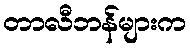
တာလီဘန်များက